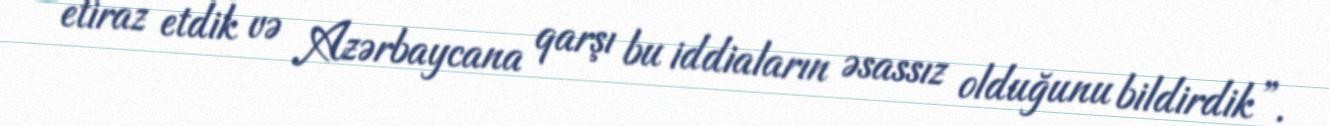
etiraz etdik və Azərbaycana qarşı bu iddiaların əsassız olduğunu bildirdik”.